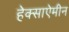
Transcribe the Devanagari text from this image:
हेक्साऐमीन